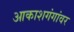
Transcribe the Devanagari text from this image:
आकाशगंगांवर